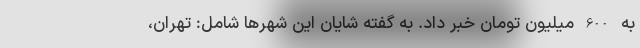
به 600 میلیون تومان خبر داد. به گفته شایان این شهر‌ها شامل: تهران،